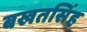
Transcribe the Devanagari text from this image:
बखतसिंह